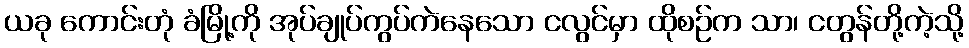
ယခု ကောင်းတုံ ခံမြို့ကို အုပ်ချုပ်ကွပ်ကဲနေသော ငလွင်မှာ ထိုစဉ်က သာ၊ ငတွန်တို့ကဲ့သို့